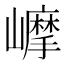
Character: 𡾉